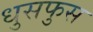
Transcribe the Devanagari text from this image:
धुसफुस